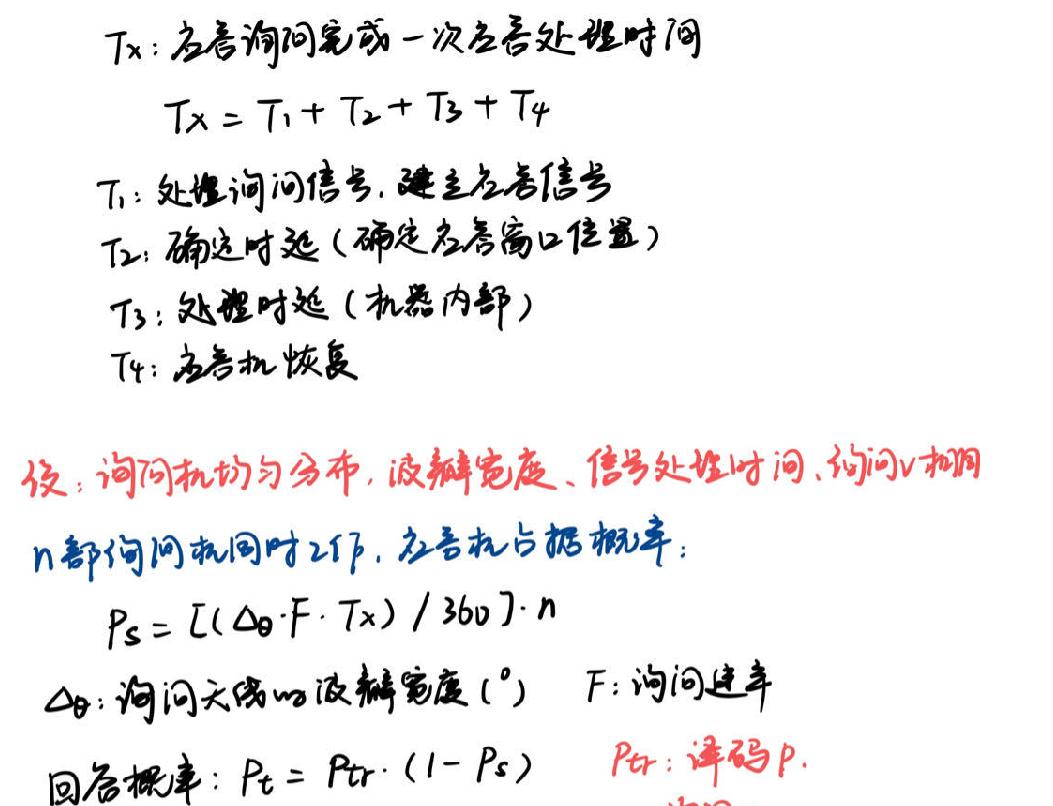
$T_x$：应答询问完成一次应答处理时间
$T_x = T_1 + T_2 + T_3 + T_4$
$T_1$：处理询问信号，建立应答信号
$T_2$：确定时延（确定应答窗口位置）
$T_3$：处理时延（机器内部）
$T_4$：应答机恢复
设：询问机均匀分布，波瓣宽度、信号处理时间、询问v相同
$n$部询问机同时工作，应答机占据概率：
$P_s = [(\Delta\theta\cdot F\cdot T_x)/360]\cdot n$
$\Delta\theta$：询问天线的波瓣宽度（°） $F$：询问速率
回答概率：$P_t = P_{tr}\cdot(1 - P_s)$ $P_{tr}$：译码P.